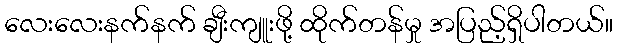
လေးလေးနက်နက် ချီးကျူးဖို့ ထိုက်တန်မှု အပြည့်ရှိပါတယ်။